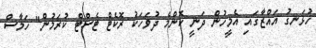
ހުޅަނގު އައްޒާގައި އެމީހުން ދަނީ ކޮންމެ ދުވަހަކު ރޮކެޓް ޓެސްޓް ކުރަމުން" ހަމާސް